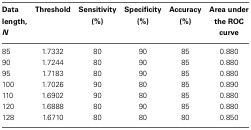
| Data length, N | Threshold | Sensitivity (%) | Specificity (%) | Accuracy (%) | Area under the ROC curve |
 | --- | --- | --- | --- | --- | --- |
 | 85 | 1.7332 | 80 | 90 | 85 | 0.880 |
 | 90 | 1.7244 | 80 | 90 | 85 | 0.880 |
 | 95 | 1.7183 | 80 | 90 | 85 | 0.880 |
 | 100 | 1.7026 | 90 | 80 | 85 | 0.890 |
 | 110 | 1.6902 | 90 | 80 | 85 | 0.880 |
 | 120 | 1.6888 | 80 | 90 | 85 | 0.880 |
 | 128 | 1.6710 | 80 | 80 | 80 | 0.850 |